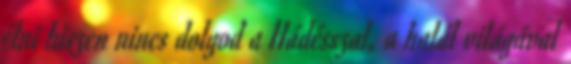
élni hiszen nincs dolgod a Hádésszal, a halál világával